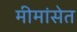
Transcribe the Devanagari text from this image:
मीमांसेत